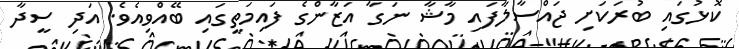
ކޮޅުގައި ބުރަކަށި ޖައްސާލާފައި މާޝާ ނަގާ އަޒާންގެ ފައިމަތީގައި ބޭއްވިއެވެ. އަދި ސީދާ